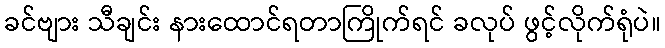
ခင်ဗျား သီချင်း နားထောင်ရတာကြိုက်ရင် ခလုပ် ဖွင့်လိုက်ရုံပဲ။